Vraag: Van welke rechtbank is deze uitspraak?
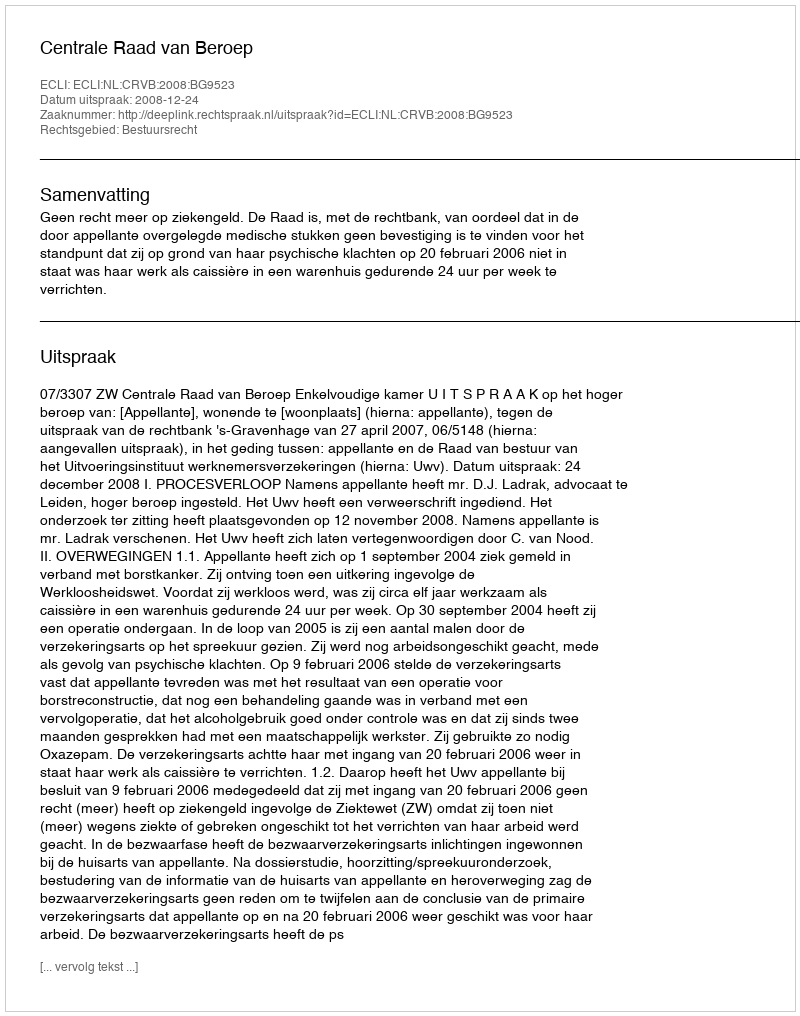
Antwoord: Centrale Raad van Beroep